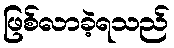
ဖြစ်လာခဲ့ရသည်